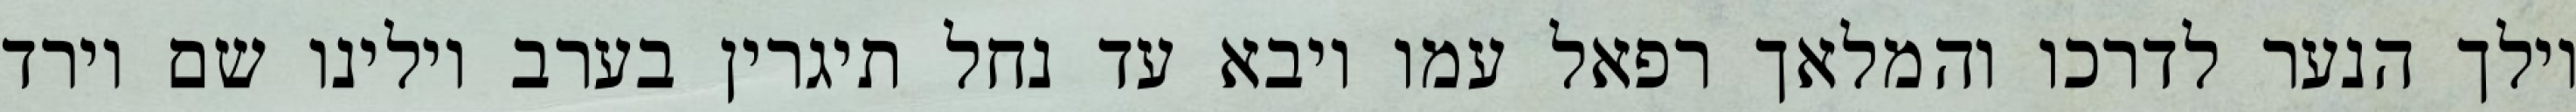
וילך הנער לדרכו והמלאך רפאל עמו ויבא עד נחל תיגרין בערב וילינו שם וירד